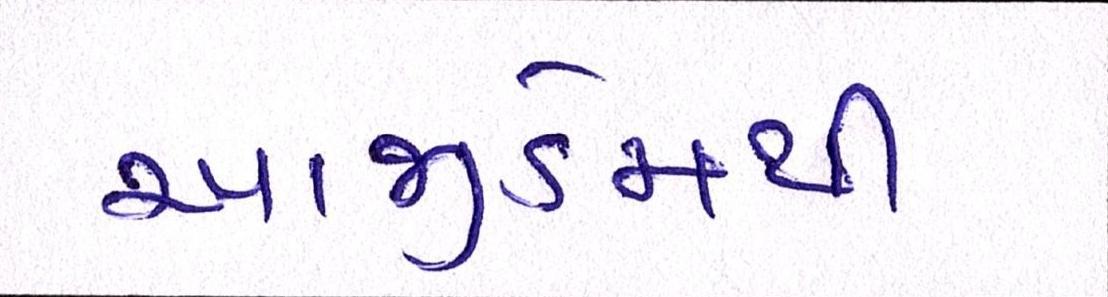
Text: આજીડેમથી